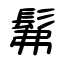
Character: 髴